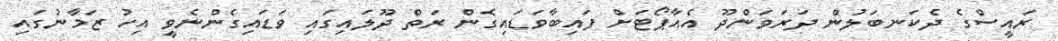
ރައީސްގެ ދެކަނބަލުން ދަރަވަންދޫ އެއާޕޯޓަށް ފައިބާވަޑައިގެން ރަތް ދޫލައިގައި ވަޑައިގެންނެވީ އިހު ޒަމާނުގައި